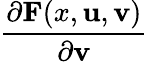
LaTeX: \frac{\partial\mathbf{F}(x,\mathbf{u},\mathbf{v})}{\partial\mathbf{v}}